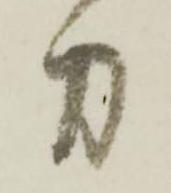
力